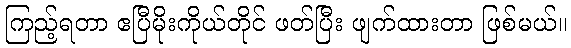
ကြည့်ရတာ ဧပြီမိုးကိုယ်တိုင် ဖတ်ပြီး ဖျက်ထားတာ ဖြစ်မယ်။